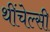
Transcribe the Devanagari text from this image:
थींचेल्सी